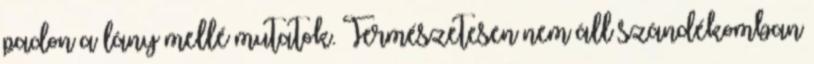
padon a lány mellé mutatok. Természetesen nem áll szándékomban